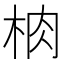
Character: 𱣑